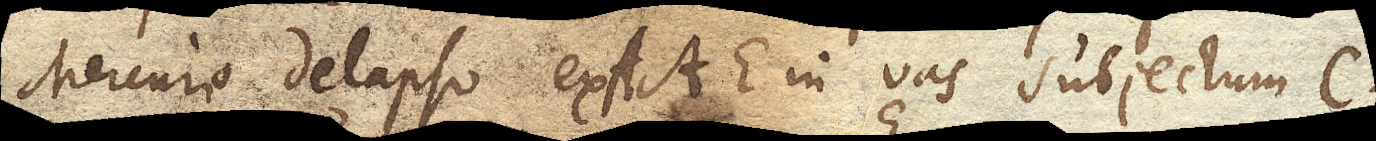
Mercurio delapso ex AAE. in vas subjectum C.